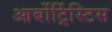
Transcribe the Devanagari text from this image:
आर्बोर्ट्रिस्टिस